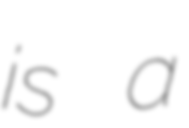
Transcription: is a